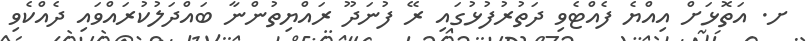
ށ. އަތޮޅަށް އިއްޔެ ފެއްޓެވި ދަތުރުފުޅުގައި ރޭ ފުނަދޫ ރައްޔިތުންނާ ބައްދަލުކުރައްވައި ދެއްކެވި